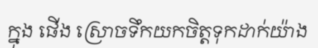
ក្នុង ផើង ស្រោចទឹកយកចិត្តទុកដាក់យ៉ាង